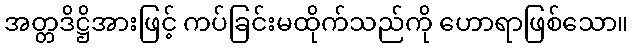
အတ္တဒိဋ္ဌိအားဖြင့် ကပ်ခြင်းမထိုက်သည်ကို ဟောရာဖြစ်သော။